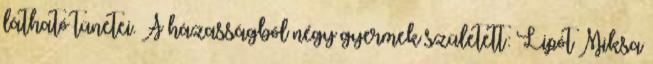
látható tünetei. A házasságból négy gyermek született: Lipót Miksa